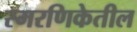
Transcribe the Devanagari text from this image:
स्मरणिकेतील